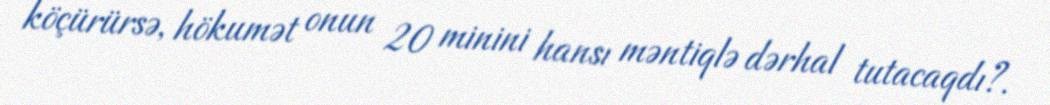
köçürürsə, hökumət onun 20 minini hansı məntiqlə dərhal tutacaqdı?.